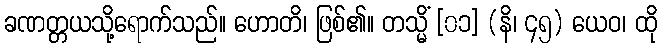
ခဏတ္တယသို့ရောက်သည်။ ဟောတိ၊ ဖြစ်၏။ တသ္မိံ [၀၁] (နိ၊ ၄၅) ယေဝ၊ ထို